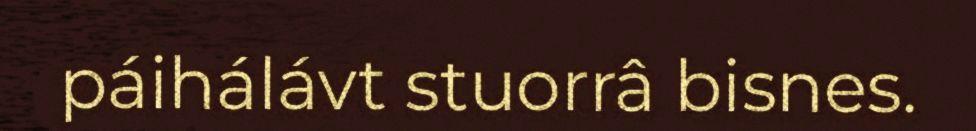
páihálávt stuorrâ bisnes.